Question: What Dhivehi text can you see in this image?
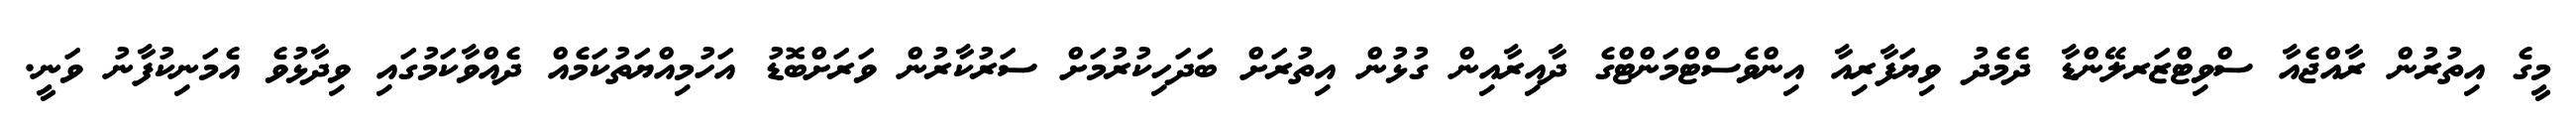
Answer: މީގެ އިތުރުން ރާއްޖެއާ ސްވިޓްޒަރލޭންޑާ ދެމެދު ވިޔަފާރިއާ އިންވެސްޓްމަންޓްގެ ދާއިރާއިން ގުޅުން އިތުރަށް ބަދަހިކުރުމަށް ސަރުކާރުން ވަރަށްބޮޑު އަހުމިއްޔަތުކަމެއް ދެއްވާކަމުގައި ވިދާޅުވެ އެމަނިކުފާނު ވަނީ.